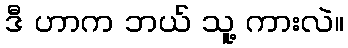
ဒီ ဟာက ဘယ် သူ့ ကားလဲ။